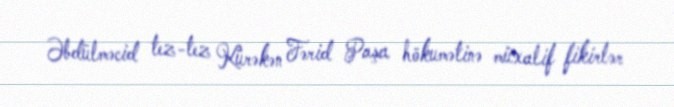
Əbdülməcid tez-tez Kürəkən Fərid Paşa hökumətinə müxalif fikirlər